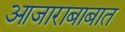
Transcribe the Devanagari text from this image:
आजाराबाबात